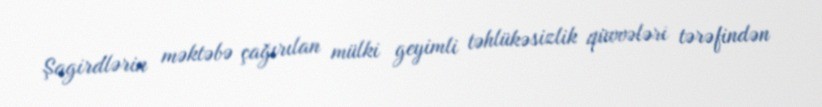
Şagirdlərin məktəbə çağırılan mülki geyimli təhlükəsizlik qüvvələri tərəfindən